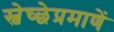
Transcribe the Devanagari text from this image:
स्वेच्छेप्रमाणें